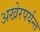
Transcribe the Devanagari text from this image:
अखेरपर्यन्त